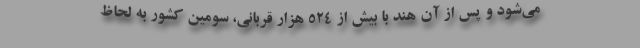
می‌شود و پس از آن هند با بیش از ۵۲۴ هزار قربانی، سومین کشور به لحاظ